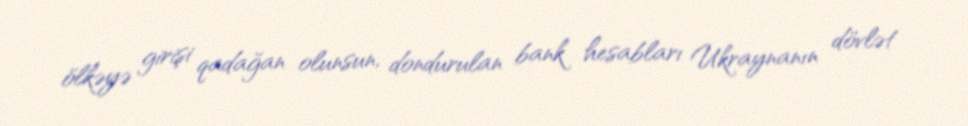
ölkəyə girişi qadağan olunsun, dondurulan bank hesabları Ukraynanın dövlət